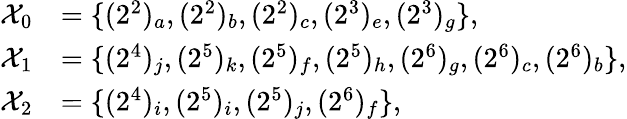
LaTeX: \begin{array}{rl}{\mathcal{X}_{0}}&{=\{ (2^{2})_{a},(2^{2})_{b},(2^{2})_{c},(2^{3})_{e},(2^{3})_{g}\} ,}\\ {\mathcal{X}_{1}}&{=\{ (2^{4})_{j},(2^{5})_{k},(2^{5})_{f},(2^{5})_{h},(2^{6})_{g},(2^{6})_{c},(2^{6})_{b}\} ,}\\ {\mathcal{X}_{2}}&{=\{ (2^{4})_{i},(2^{5})_{i},(2^{5})_{j},(2^{6})_{f}\} ,}\end{array}